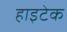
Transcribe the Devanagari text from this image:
हाइटेक